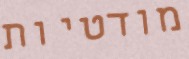
מודטיות